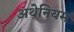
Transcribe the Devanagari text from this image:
अथेनियम